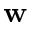
\mathbf { w }